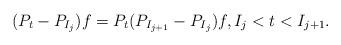
LaTeX: \begin{align*} (P_t - P_{I_{j}} )f = P_t (P_{I_{j+1}} - P_{I_{j}}) f, I_j < t < I_{j+1}.\end{align*}